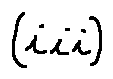
( i i i )